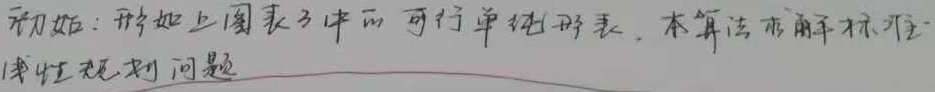
初始：形如上图表 3 中的可行单纯形表. 本算法求解标准线性规划问题